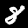
Label: 8